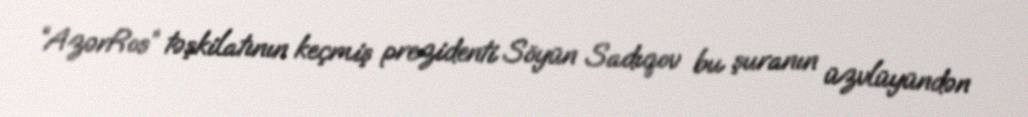
“AzərRos” təşkilatının keçmiş prezidenti Söyün Sadıqov bu şuranın üzvlüyündən